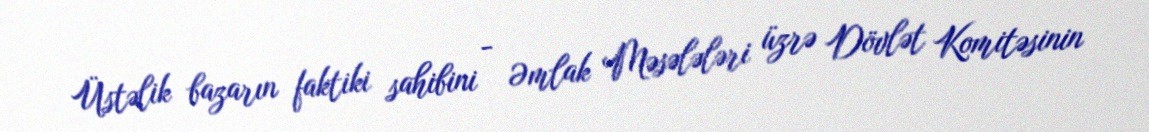
Üstəlik bazarın faktiki sahibini - Əmlak Məsələləri üzrə Dövlət Komitəsinin